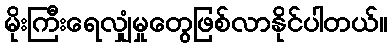
မိုးကြီးရေလျှံမှုတွေဖြစ်လာနိုင်ပါတယ်။